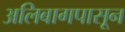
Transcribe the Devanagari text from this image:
अलिबागपासून